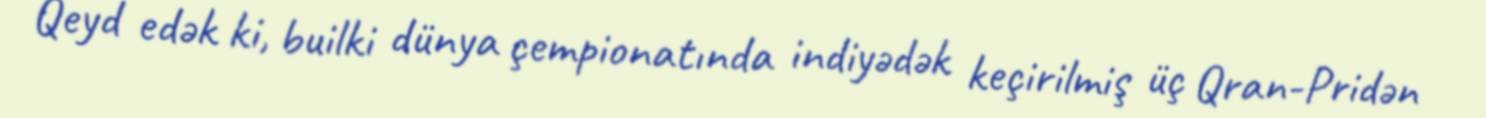
Qeyd edək ki, builki dünya çempionatında indiyədək keçirilmiş üç Qran-Pridən